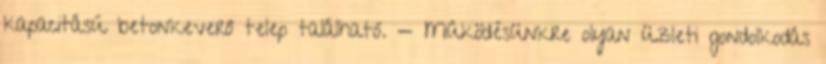
kapacitású betonkeverô telep található. — Mûködésünkre olyan üzleti gondolkodás